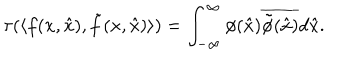
\tau ( \langle f ( x , \hat { x } ) , \tilde { f } ( x , \hat { x } ) \rangle ) = \int _ { - \infty } ^ { \infty } \phi ( \hat { x } ) \overline { { { \tilde { \phi } ( \hat { x } ) } } } d \hat { x } .